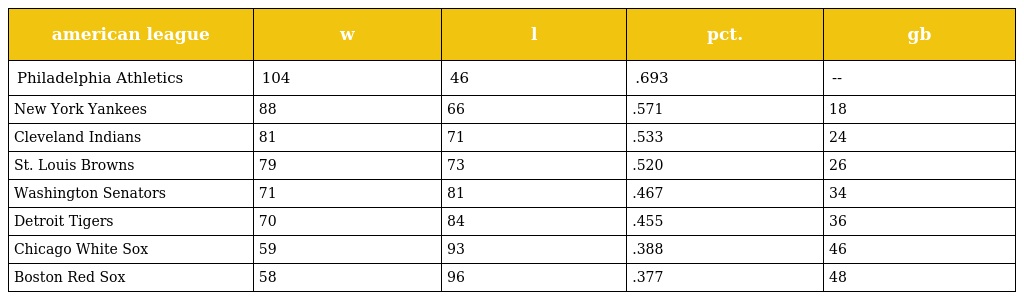
| american league | w | l | pct. | gb |
 | --- | --- | --- | --- | --- |
 | Philadelphia Athletics | 104 | 46 | .693 | -- |
 | New York Yankees | 88 | 66 | .571 | 18 |
 | Cleveland Indians | 81 | 71 | .533 | 24 |
 | St. Louis Browns | 79 | 73 | .520 | 26 |
 | Washington Senators | 71 | 81 | .467 | 34 |
 | Detroit Tigers | 70 | 84 | .455 | 36 |
 | Chicago White Sox | 59 | 93 | .388 | 46 |
 | Boston Red Sox | 58 | 96 | .377 | 48 |